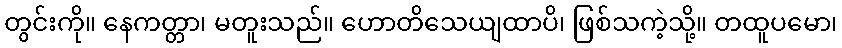
တွင်းကို။ နေကတ္တာ၊ မတူးသည်။ ဟောတိသေယျထာပိ၊ ဖြစ်သကဲ့သို့။ တထူပမော၊